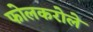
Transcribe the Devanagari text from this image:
फोलकरोले